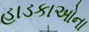
હાડકાઓના